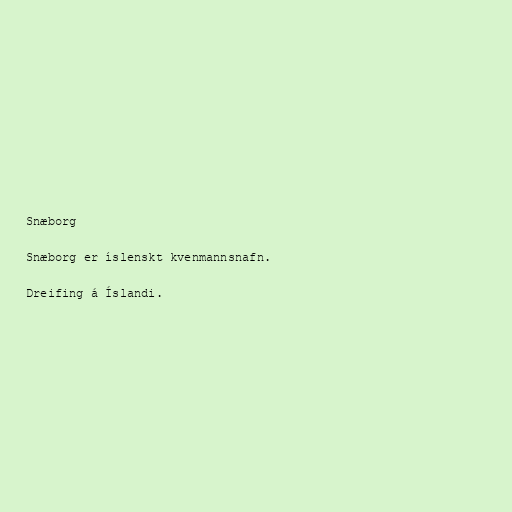
Snæborg

Snæborg er íslenskt kvenmannsnafn.

Dreifing á Íslandi.